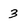
Character: 3